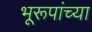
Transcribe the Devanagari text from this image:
भूरूपांच्या